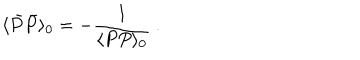
\langle \bar { P } \bar { P } \rangle _ { 0 } = - { \frac { 1 } { \langle P P \rangle _ { 0 } } } \ .